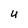
Character: U